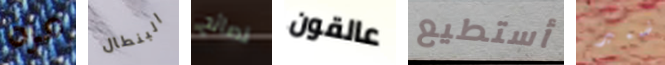
مرة البنطال نصائح عالقون أستطيع ضمير